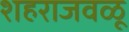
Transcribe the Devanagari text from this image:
शहराजवळू